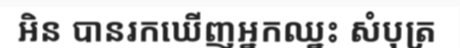
អិន បានរកឃើញអ្នកឈ្នះ សំបុត្រ